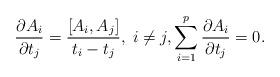
LaTeX: \begin{align*} \dfrac{\partial A_i}{\partial t_j} = \dfrac{[A_i,A_j]}{t_i-t_j} , \; i\neq j, \displaystyle\sum_{i=1}^p\dfrac{\partial A_i}{\partial t_j}=0.\end{align*}